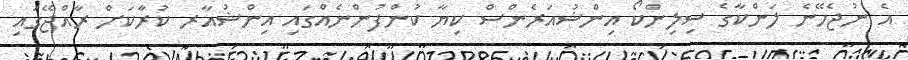
އެ ނުޖެހޭނެ ލަންކާގެ ސިލިންކޯ އިންޝުއަރެންސް ކިޔާ ކުންފުންނެއްގައި އިންޝުއާރ ކުރާކަށް ރާއްޖޭގައި